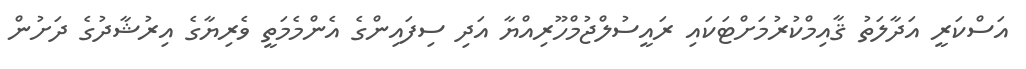
އަސްކަރީ އަދާލަތު ޤާއިމްކުރުމަށްޓަކައި ރައީސުލްޖުމްހޫރިއްޔާ އަދި ސިފައިންގެ އެންމެމަތީ ވެރިޔާގެ އިރުޝާދުގެ ދަށުން